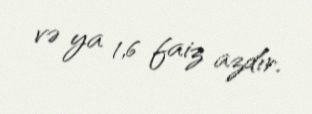
və ya 1,6 faiz azdır.